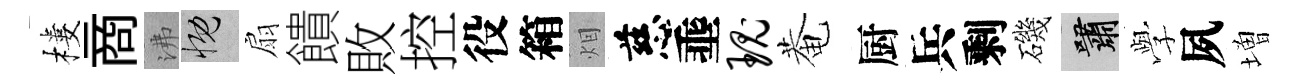
樓商沸慨扇饋敗控役箱𤇆慈埀瑰菴厨兵剩磯嘯𫝯夙増